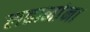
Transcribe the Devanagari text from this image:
लहानांना